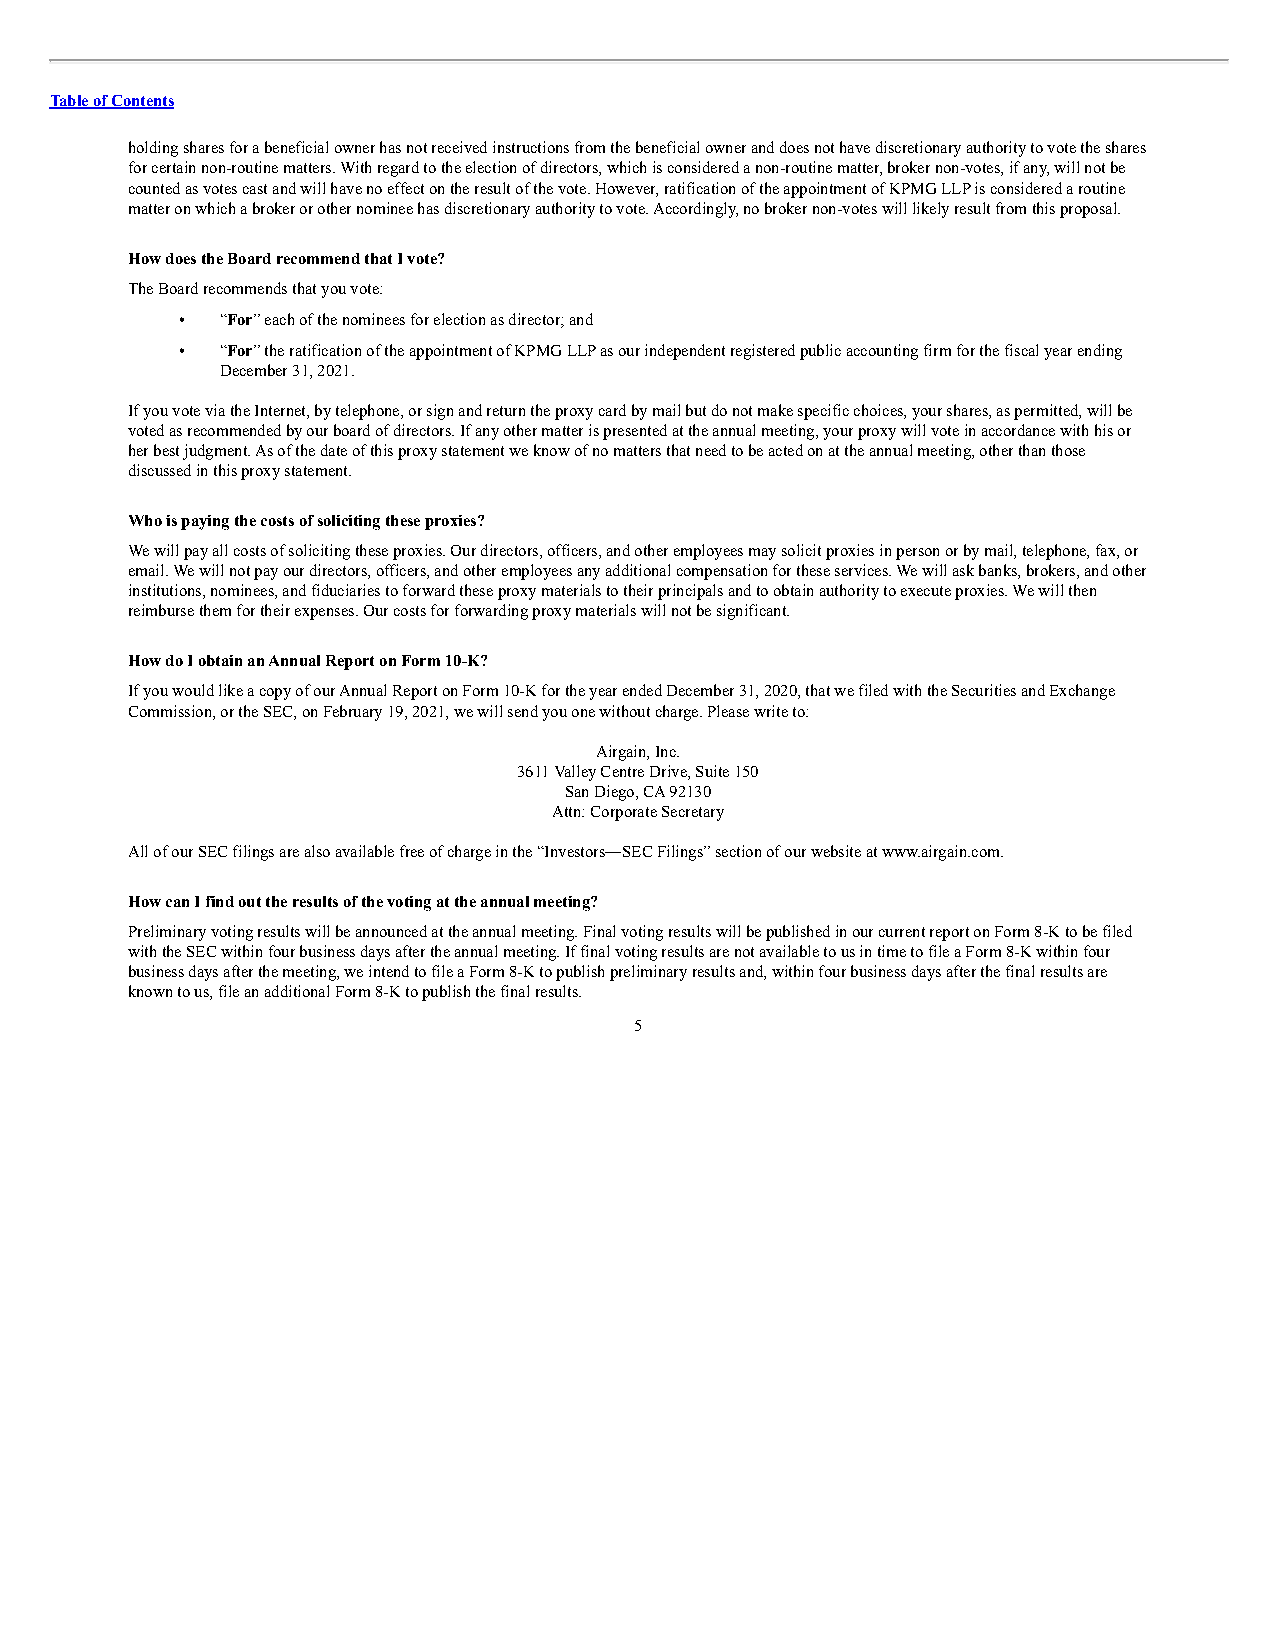
Table of Contents
 holding shares for a beneficial owner has not received instructions from the beneficial owner and does not have discretionary authority to vote the shares
 for certain non-routine matters. With regard to the election of directors, which is considered a non-routine matter, broker non-votes, if any, will not be
 counted as votes cast and will have no effect on the result of the vote. However, ratification of the appointment of KPMG LLP is considered a routine
 matter on which a broker or other nominee has discretionary authority to vote. Accordingly, no broker non-votes will likely result from this proposal.
 How does the Board recommend that I vote?
 The Board recommends that you vote:
 •  “For” each of the nominees for election as director; and
 •  “For” the ratification of the appointment of KPMG LLP as our independent registered public accounting firm for the fiscal year ending
 December 31, 2021.
 If you vote via the Internet, by telephone, or sign and return the proxy card by mail but do not make specific choices, your shares, as permitted, will be
 voted as recommended by our board of directors. If any other matter is presented at the annual meeting, your proxy will vote in accordance with his or
 her best judgment. As of the date of this proxy statement we know of no matters that need to be acted on at the annual meeting, other than those
 discussed in this proxy statement.
 Who is paying the costs of soliciting these proxies?
 We will pay all costs of soliciting these proxies. Our directors, officers, and other employees may solicit proxies in person or by mail, telephone, fax, or
 email. We will not pay our directors, officers, and other employees any additional compensation for these services. We will ask banks, brokers, and other
 institutions, nominees, and fiduciaries to forward these proxy materials to their principals and to obtain authority to execute proxies. We will then
 reimburse them for their expenses. Our costs for forwarding proxy materials will not be significant.
 How do I obtain an Annual Report on Form 10-K?
 If you would like a copy of our Annual Report on Form 10-K for the year ended December 31, 2020, that we filed with the Securities and Exchange
 Commission, or the SEC, on February 19, 2021, we will send you one without charge. Please write to:
 Airgain, Inc.
 3611 Valley Centre Drive, Suite 150
 San Diego, CA 92130
 Attn: Corporate Secretary
 All of our SEC filings are also available free of charge in the “Investors—SEC Filings” section of our website at www.airgain.com.
 How can I find out the results of the voting at the annual meeting?
 Preliminary voting results will be announced at the annual meeting. Final voting results will be published in our current report on Form 8-K to be filed
 with the SEC within four business days after the annual meeting. If final voting results are not available to us in time to file a Form 8-K within four
 business days after the meeting, we intend to file a Form 8-K to publish preliminary results and, within four business days after the final results are
 known to us, file an additional Form 8-K to publish the final results.
 5